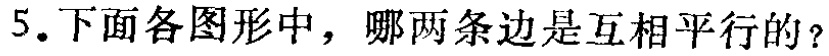
5.下面各图形中，哪两条边是互相平行的？